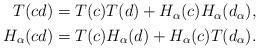
LaTeX: \begin{align*}\begin{aligned} T(cd)=T(c)T(d)+H_\alpha(c)H_\alpha (d_\alpha), \\ H_\alpha(cd)=T(c)H_\alpha(d)+H_\alpha(c)T(d_\alpha).\end{aligned}\end{align*}